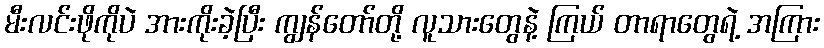
မီးလင်းဖိုကိုပဲ အားကိုးခဲ့ပြီး ကျွန်တော်တို့ လူသားတွေနဲ့ ကြယ် တာရာတွေရဲ့ အကြား